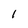
Character: 1